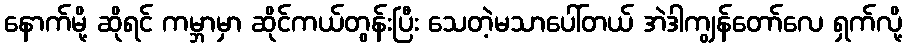
နောက်မို့ ဆိုရင် ကမ္ဘာမှာ ဆိုင်ကယ်တွန်းပြီး သေတဲ့မသာပေါ်တယ် အဲဒါကျွန်တော်လေ ရှက်လို့